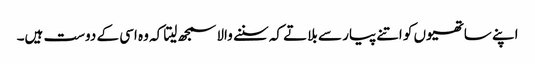
اپنے ساتھیوں کو اتنے پیار سے بلاتے کہ سننے والا سمجھ لیتا کہ وہ اسی کے دوست ہیں۔